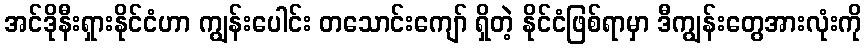
အင်ဒိုနီးရှားနိုင်ငံဟာ ကျွန်းပေါင်း တသောင်းကျော် ရှိတဲ့ နိုင်ငံဖြစ်ရာမှာ ဒီကျွန်းတွေအားလုံးကို